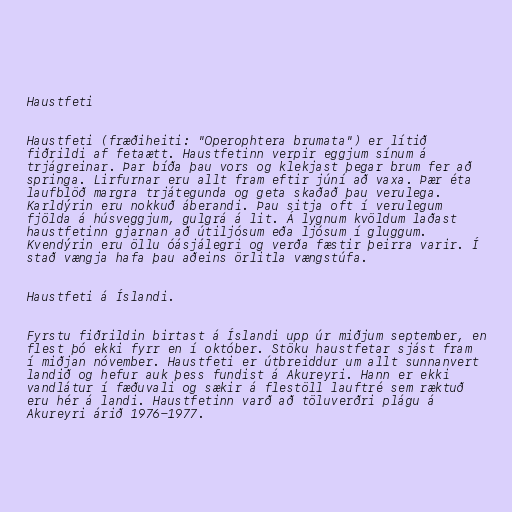
Haustfeti

Haustfeti (fræðiheiti: "Operophtera brumata") er lítið
fiðrildi af fetaætt. Haustfetinn verpir eggjum sínum á
trjágreinar. Þar bíða þau vors og klekjast þegar brum fer að
springa. Lirfurnar eru allt fram eftir júní að vaxa. Þær éta
laufblöð margra trjátegunda og geta skaðað þau verulega.
Karldýrin eru nokkuð áberandi. Þau sitja oft í verulegum
fjölda á húsveggjum, gulgrá á lit. Á lygnum kvöldum laðast
haustfetinn gjarnan að útiljósum eða ljósum í gluggum.
Kvendýrin eru öllu óásjálegri og verða fæstir þeirra varir. Í
stað vængja hafa þau aðeins örlitla vængstúfa.

Haustfeti á Íslandi.

Fyrstu fiðrildin birtast á Íslandi upp úr miðjum september, en
flest þó ekki fyrr en í október. Stöku haustfetar sjást fram
í miðjan nóvember. Haustfeti er útbreiddur um allt sunnanvert
landið og hefur auk þess fundist á Akureyri. Hann er ekki
vandlátur í fæðuvali og sækir á flestöll lauftré sem ræktuð
eru hér á landi. Haustfetinn varð að töluverðri plágu á
Akureyri árið 1976-1977.